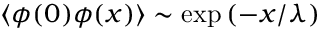
\langle \phi ( 0 ) \phi ( x ) \rangle \sim \exp \left( - x / \lambda \right)